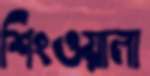
শিংওয়ালা